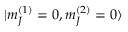
| m _ { J } ^ { ( 1 ) } = 0 , m _ { J } ^ { ( 2 ) } = 0 \rangle